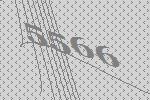
5566